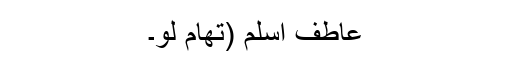
عاطف اسلم (تھام لو۔